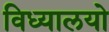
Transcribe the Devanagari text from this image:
विध्यालयो